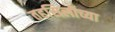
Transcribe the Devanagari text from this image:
तहसिलीच्या